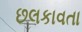
છલકાવતા